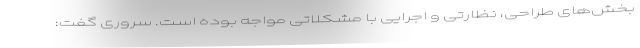
بخش‌های طراحی، نظارتی و اجرایی با مشکلاتی مواجه بوده است. سروری گفت: